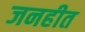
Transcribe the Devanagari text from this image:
जनहीत